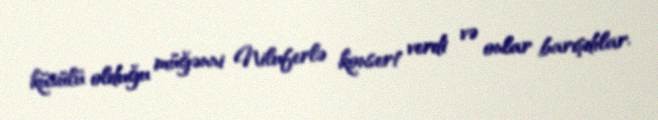
küsülü olduğu müğənni Niluferlə konsert verdi və onlar barışdılar.